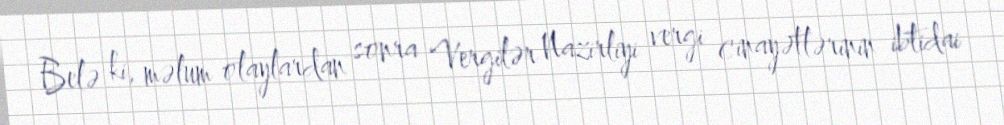
Belə ki, məlum olaylardan sonra Vergilər Nazirliyi vergi cinayətlərinin ibtidai